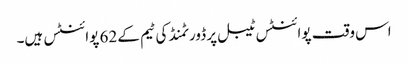
اس وقت پوائنٹس ٹیبل پر ڈورٹمنڈ کی ٹیم کے 62 پوائنٹس ہیں۔